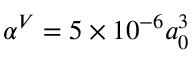
\alpha ^ { V } = 5 \times 1 0 ^ { - 6 } a _ { 0 } ^ { 3 }